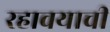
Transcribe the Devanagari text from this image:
रहावयाची